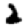
Digit: 2